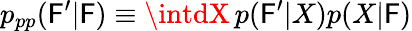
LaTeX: p_{pp}(\mathsf{F}^{\prime}|\mathsf{F})\equiv\intdX\, p(\mathsf{F}^{\prime}|X)p(X|\mathsf{F})